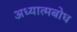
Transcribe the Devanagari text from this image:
अध्यात्मबोध